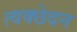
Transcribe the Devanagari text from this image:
त्वक्छेदन